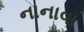
નાનાવા